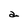
Character: a